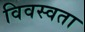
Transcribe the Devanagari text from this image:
विवस्वता